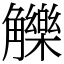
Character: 觻